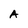
Character: A